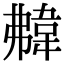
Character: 𩎡